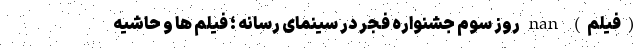
(فیلم) nan روز سوم جشنواره فجر در سینمای رسانه ؛ فیلم‌ ها و حاشیه‌